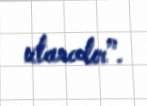
utancdır”.